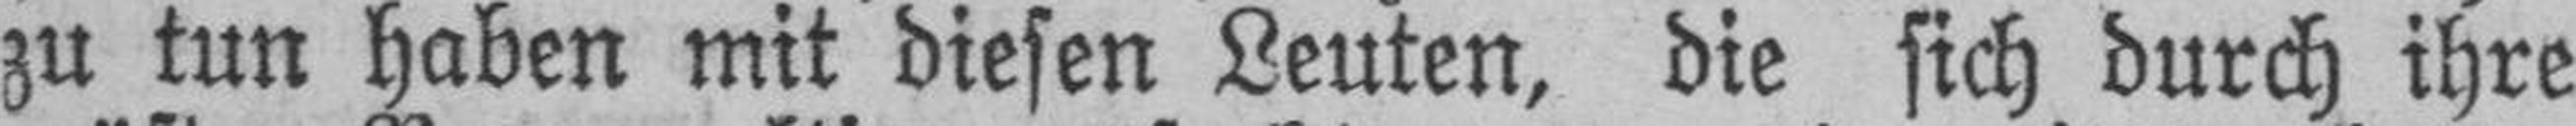
zu tun haben mit diesen Leuten, die sich durch ihre